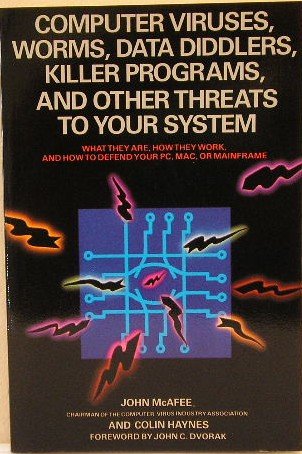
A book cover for Computer viruses, worms, data diddlers, killer programs, and other threats to your system: What they are, how they work, and how to defend your PC, Mac, or mainframe; John McAfee; Computers & Technology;